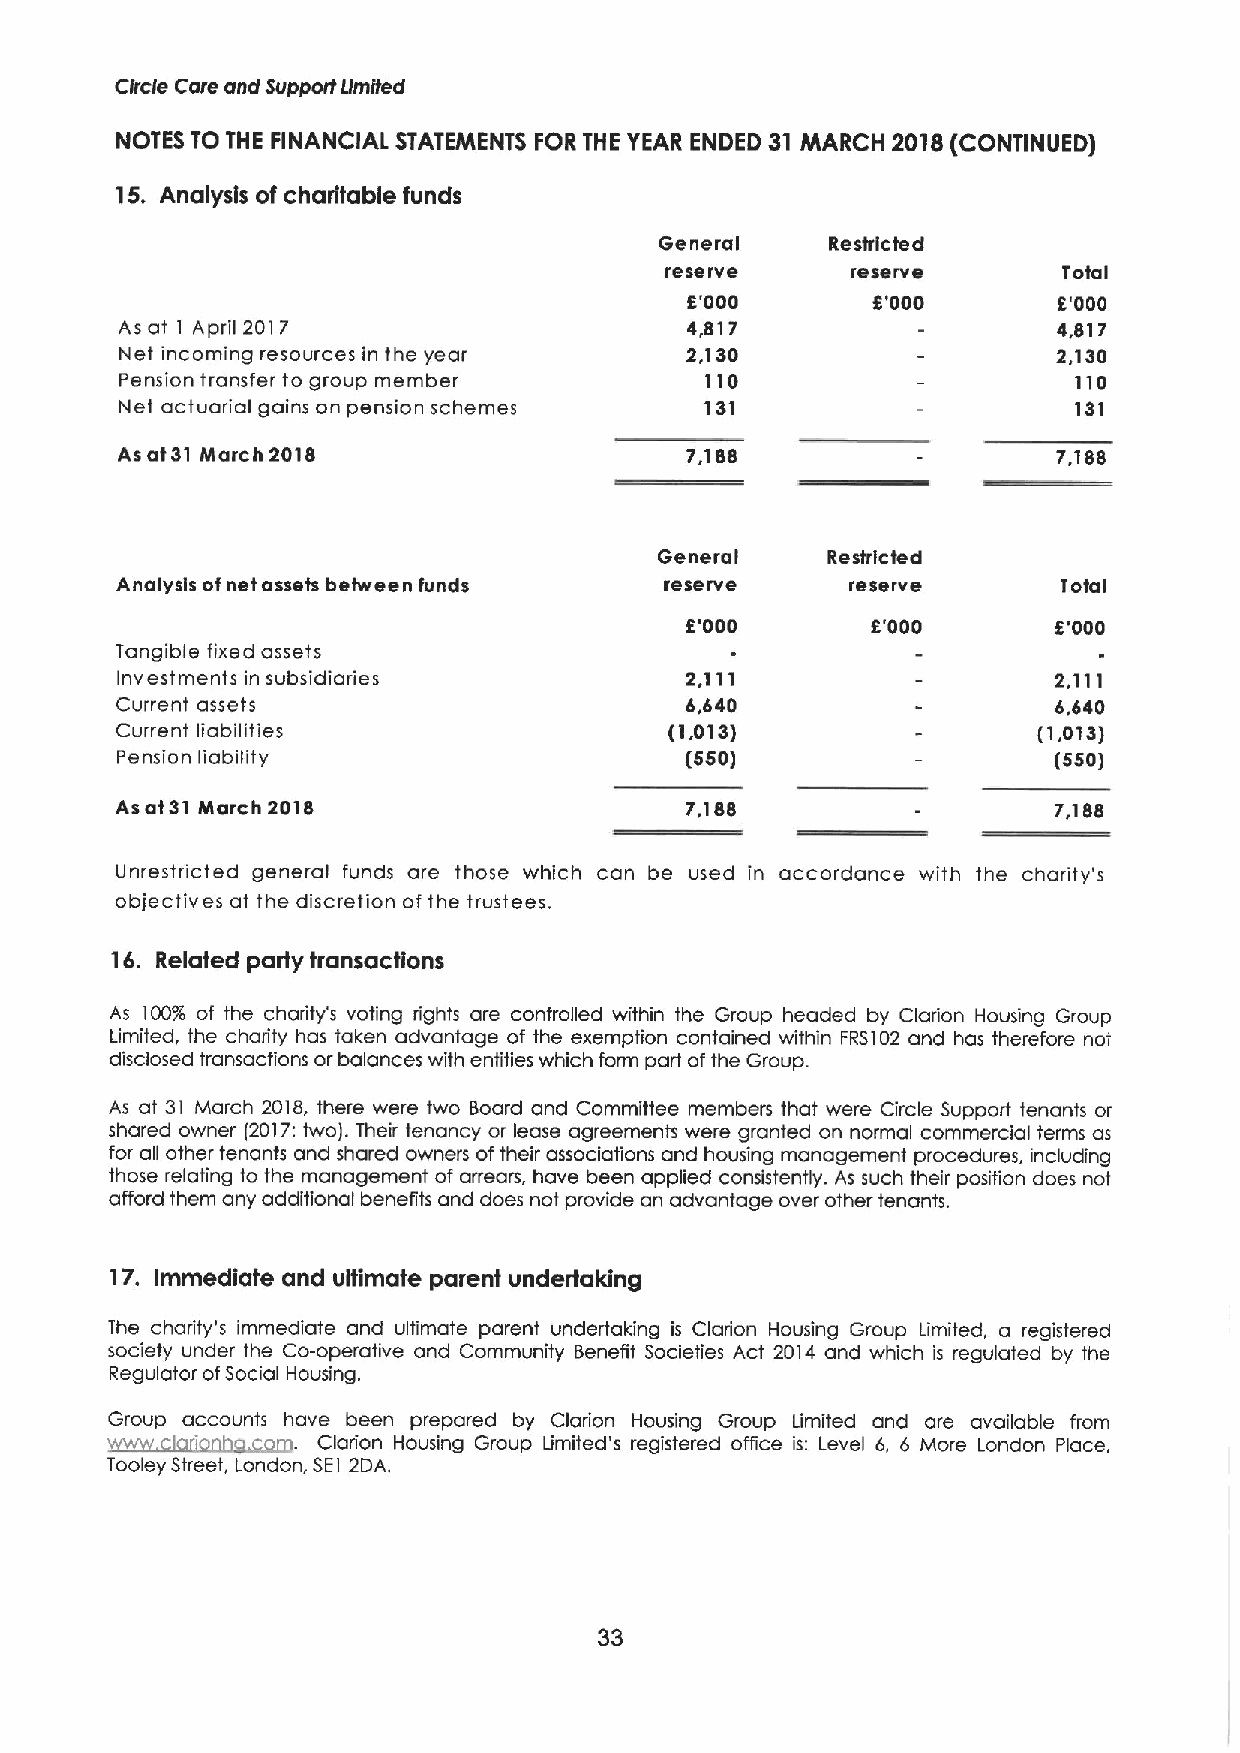
Circle Care ond Support ifmifed
 NOTES TO THE FINANCIAL STATEMENTS FOR THE YEAR ENDED 31 MARCH 2018(CONTINUED)
 15, Analysis of charitable funds
 General    Restricted
 reserve     reserve       Total
 8'000        8'000       8'000
 As at 1 April 2017                   4,817                    4,817
 Net incoming resources in the year   2,130                    2,130
 Pension transfer to group member       110                     110
 Net actuarial gains on pension schemes '131                    131
 As at31 March 2018                   7,188                    7,188
 General    Restricted
 Analysis ofnet assets between funds reserve     reserve       1otal
 5'000        8'000       5'000
 Tangible fixed assets
 Investments in subsidiaries          2.111                    2,111
 Current assets                       5,440                    4,440
 Current liabilities                 (1,013)                  (1,013)
 Pension liability                    (550)                    (550)
 As at 31 March 2018                  7, 188                   7,188
 Unrestricted general funds are those which can be used in accordance with the charity's
 objectives at the discretion of the trustees.
 16. Related party transactions
 As 100% of the charity's voting rights are controlled within the Group headed by Clariion Housing Group
 Limited, the charity has taken advantage of the exemption contained within FRS102 and has therefore not
 disclosed transactions or balances with entities which form part ofthe Group.
 As at 31 March 2018, there were two Board and Committee members that were Circle Support tenants or
 shared owner f2017:two). Their tenancy or lease agreements were granted on normal commercial terms as
 for all other tenants and shared owners of their associations and housing management procedures, including
 those relating to the management of arrears, have been applied consistently. As such their position does not
 afford them any additional benefits and does not provide an advantage over other tenants.
 17. Immediate and ultimate parent undertaking
 The chaiity's immediate and ultimate parent undertaking is Clarion Housing Group Limited, a registered
 society under the Co-operative and Community Benefit Societies Act 2014 and which is regulated by the
 Regulator ofSocial Housing.
 Group acco hun *ts have been prepared by Clarion Housing Grot ut p* L: imt ited and are available from
 . Cl   d  tdd  dd  ttd' dt  d         tddM    t d  Pt *,
 Tooley Street, London, SE1 2DA.
 33